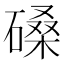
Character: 磉